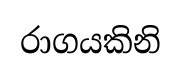
රාගයකිනි